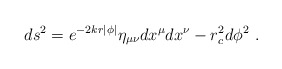
\begin{align*}ds^2 = e^{-2kr|\phi|} \eta_{\mu \nu} dx^{\mu} dx^{\nu} - r_c^2 d\phi^2~.\end{align*}